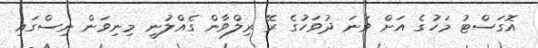
އޮގަސްޓު މަހުގެ އަށް ވަނަ ދުވަހުގެ ރޭ ރިލްވާން ގެއްލުނީ މިނިވަން ނިސްގައި